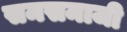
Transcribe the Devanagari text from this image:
समसमाजी